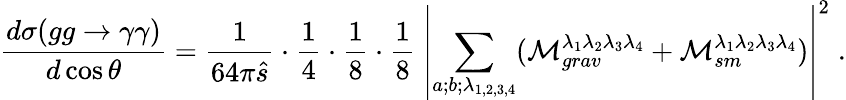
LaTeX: \frac{d\sigma(gg\to\gamma\gamma)}{d\cos\theta}=\frac{1}{64\pi\hat{s}}\cdot\frac{1}{4}\cdot\frac{1}{8}\cdot\frac{1}{8}~\left|\sum_{a;b;\lambda_{1,2,3,4}}({\cal M}_{grav}^{\lambda_{1}\lambda_{2}\lambda_{3}\lambda_{4}}+{\cal M}_{sm}^{\lambda_{1}\lambda_{2}\lambda_{3}\lambda_{4}})\right|^{2}\; .